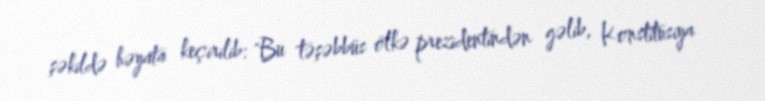
şəkildə həyata keçirilib: "Bu təşəbbüs ölkə prezidentindən gəlib, Konstitusiya